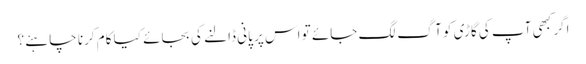
اگر کبھی آپ کی گاڑی کو آگ لگ جائے تو اس پر پانی ڈالنے کی بجائے کیا کام کرنا چاہئے ؟